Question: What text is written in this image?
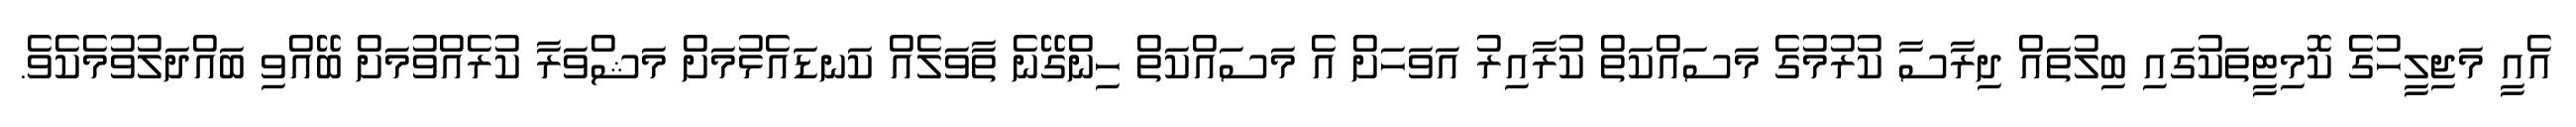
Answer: އެއީ މަޖިލީހުގެ ކޮމިޓީތަކުގައި ބިލުތައް ދިރާސާ ކުރުމުގެ މަސައްކަތް ކުރާއިރު އަވަހަށް އެ މަސައްކަތް ހިންގޭނެ ތާވަލެއް ކަނޑައެޅުމަށް މަޝްވަރާ ކުރެއްވުމަށް ބޭއްވި ބައްދަލުވުމެކެވެ.